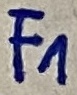
Text: F1